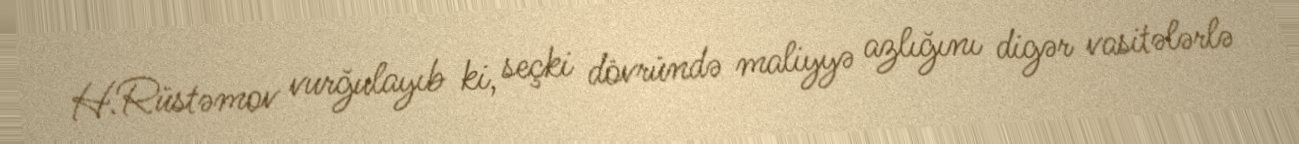
H.Rüstəmov vurğulayıb ki, seçki dövründə maliyyə azlığını digər vasitələrlə